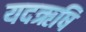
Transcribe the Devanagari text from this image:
यदऋषि